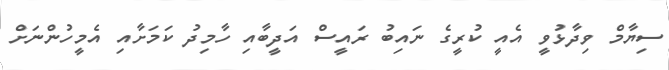
ސިޔާމް ވިދާޅުވީ އެއީ ކުރީގެ ނައިބު ރައީސް އަދީބާއި ހާމިދު ކަމަށާއި އެމީހުންނަށް